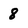
Character: 8